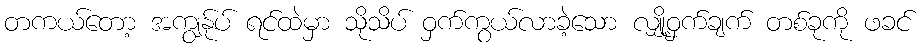
တကယ်တော့ အကျွန်ုပ် ရင်ထဲမှာ သိုသိပ် ဝှက်ကွယ်လာခဲ့သော လျှို့ဝှက်ချက် တစ်ခုကို ဖခင်